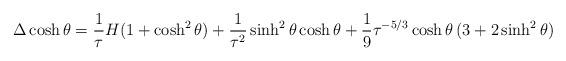
LaTeX: \begin{align*}\Delta\cosh\theta=\frac{1}{\tau}H(1+\cosh^ 2\theta)+\frac{1}{\tau^ 2}\sinh^ 2\theta\cosh\theta+\frac{1}{9}{\tau^ {-5/3}}\cosh\theta\,(3+2\sinh^ 2\theta)\end{align*}